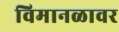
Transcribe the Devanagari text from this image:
विमानळावर